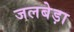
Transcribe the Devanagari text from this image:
जलबेड़ा